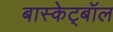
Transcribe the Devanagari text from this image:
बास्केट्बॉल